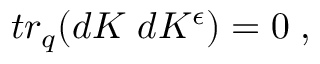
t r _ { q } ( d K \; d K ^ { \epsilon } ) = 0 \; ,